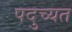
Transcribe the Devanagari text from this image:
पदुच्यत